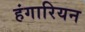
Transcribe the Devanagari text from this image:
हंगारियन